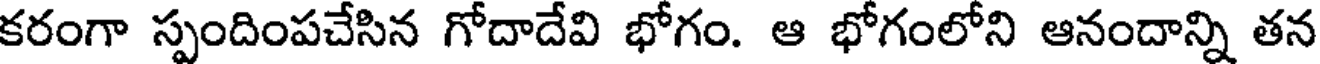
కరంగా స్పందింపచేసిన గోదాదేవి భోగం. ఆ భోగంలోని ఆనందాన్ని తన